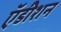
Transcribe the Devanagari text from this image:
ऍडीशन